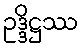
ဥဒ္ဒိဋ္ဌဿ